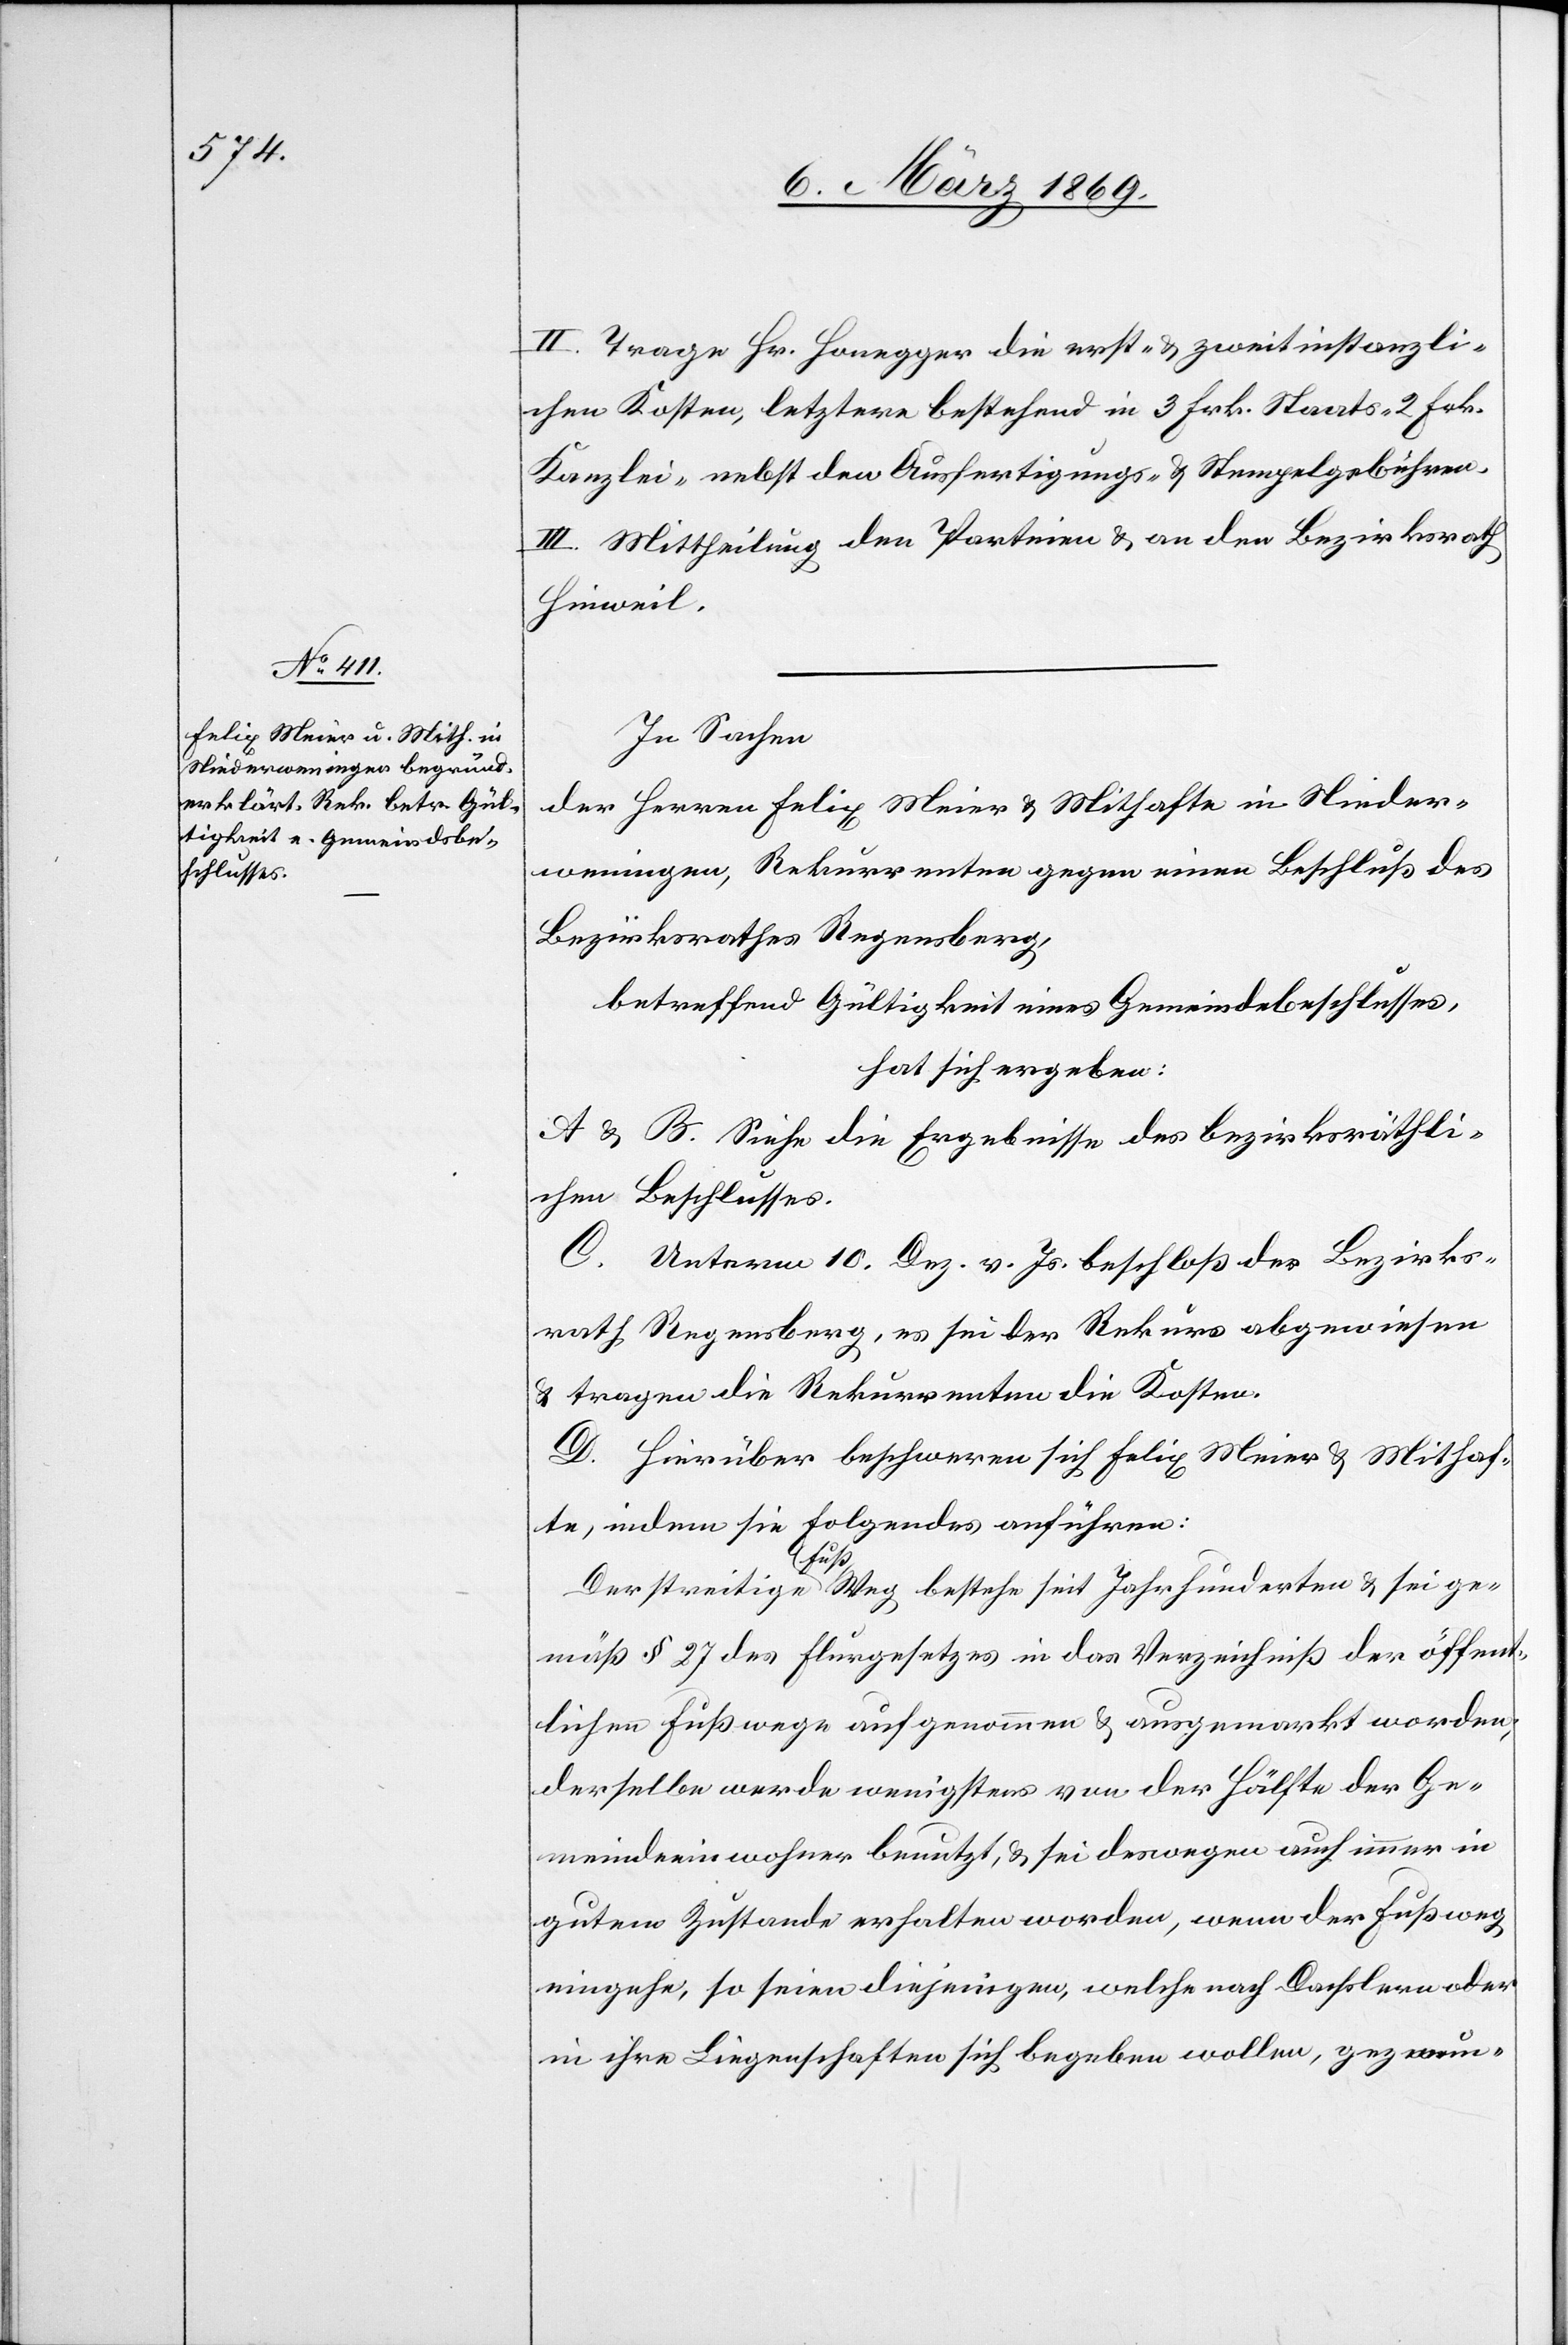
II. Trage Hr. Honegger die erst- & zweitinstanzli¬
chen Kosten, letztere bestehend in 3 Frk. Staats-[,] 2 Frk.
Kanzlei- nebst den Ausfertigungs- & Stempelgebühren.
III. Mittheilung den Parteien & an den Bezirksrath
Hinweil.
In Sachen
der Herren Felix Meier & Mithafte in Nieder¬
weningen, Rekurrenten gegen einen Beschluß des
Bezirksrathes Regensberg,
betreffend Gültigkeit eines Gemeindebeschlusses,
hat sich ergeben:
A. & B. Siehe die Ergebnisse des bezirksräthli¬
chen Beschlusses.
C. Unterm 10. Dez. v. Js. beschloß der Bezirks¬
rath Regensberg, es sei der Rekurs abgewiesen
& tragen die Rekurrenten die Kosten.
D. Hierüber beschweren sich Felix Meier & Mithaf¬
te, indem sie folgendes anführen:
Der streitige Fußweg bestehe seit Jahrhunderten & sei ge¬
mäß § 27 des Flurgesetzes in das Verzeichniß der öffent¬
lichen Fußwege aufgenommen & ausgemarkt worden,
derselbe werde wenigstens von der Hälfte der Ge¬
meindeeinwohner benutzt, & sei deswegen auch immer in
gutem Zustande erhalten worden, wenn der Fußweg
eingehe, so seien diejenigen, welche nach Dachslern oder
in ihre Liegenschaften sich begeben wollen, gezwun-